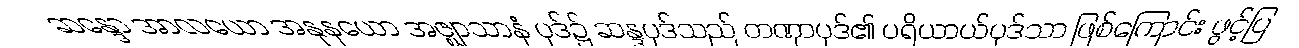
ဆန္ဒော အာလယော အနုနယော အဇ္ဈာသာနံ ပုဒ်၌ ဆန္ဒပုဒ်သည် တဏှာပုဒ်၏ ပရိယာယ်ပုဒ်သာ ဖြစ်ကြောင်း ဖွင့်ပြ